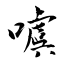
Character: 噳